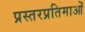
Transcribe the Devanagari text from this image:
प्रस्तरप्रतिमाओं